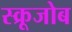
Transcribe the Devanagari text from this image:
स्क्रूजोब